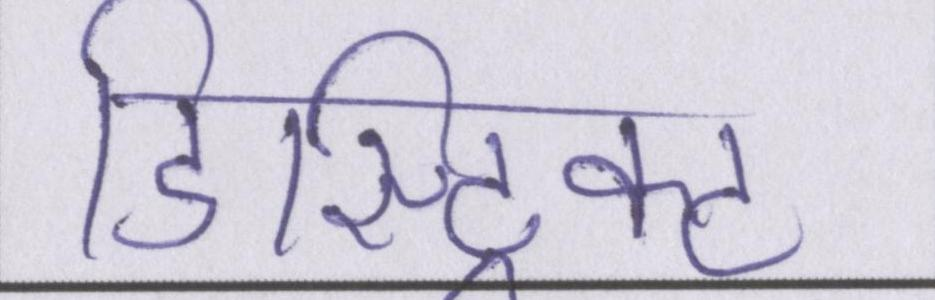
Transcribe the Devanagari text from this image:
डिस्ट्रिक्ट